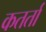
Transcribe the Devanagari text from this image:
कतर्ता